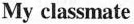
My classmate